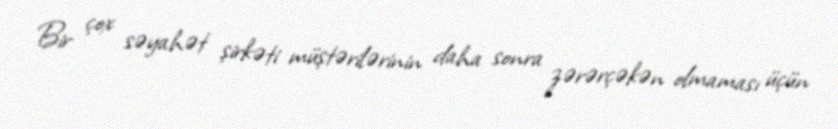
Bir çox səyahət şirkəti müştərilərinin daha sonra zərərçəkən olmaması üçün